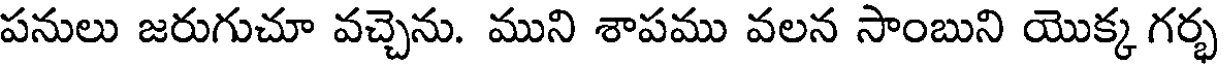
పనులు జరుగుచూ వచ్చెను. ముని శాపము వలన సాంబుని యొక్క గర్భ